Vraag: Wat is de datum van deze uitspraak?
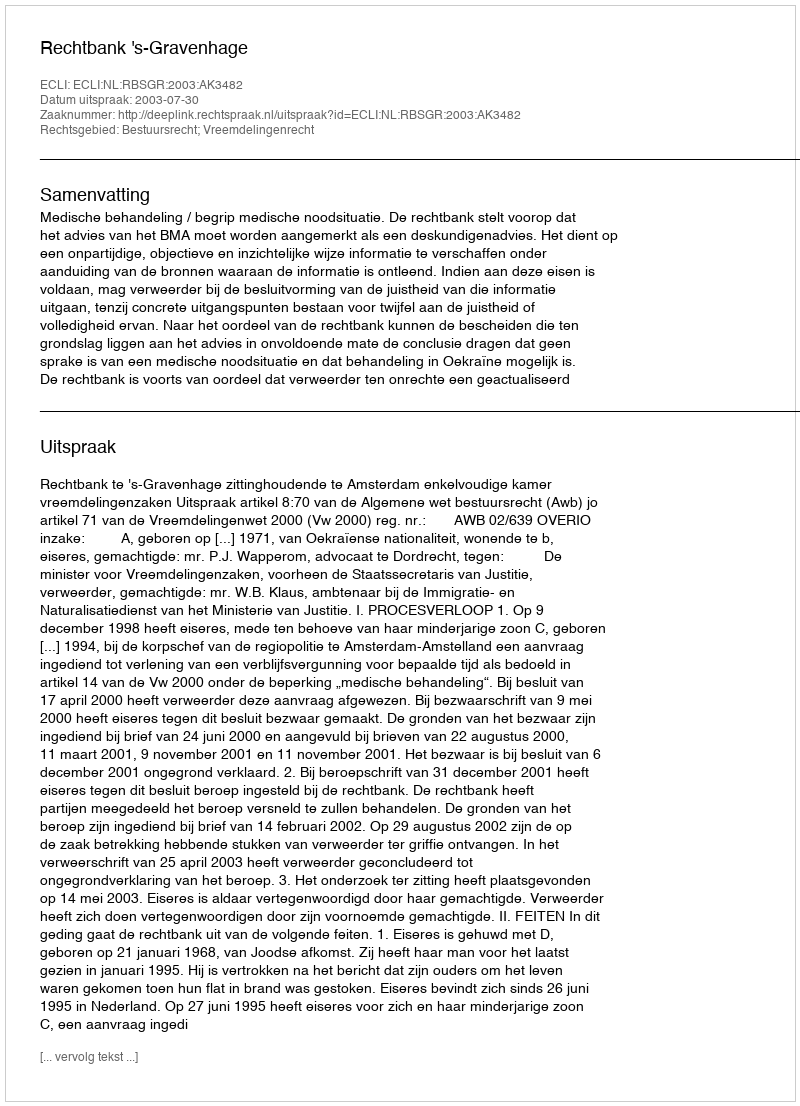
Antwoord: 2003-07-30